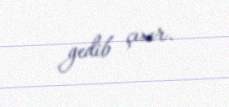
gedib çıxır.